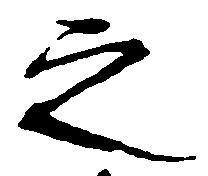
之